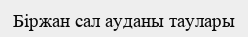
Біржан сал ауданы таулары